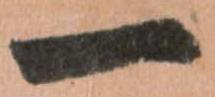
一